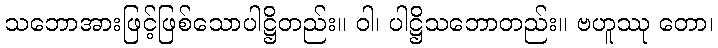
သဘောအားဖြင့်ဖြစ်သောပါဋ္ဌိတည်း။ ဝါ၊ ပါဋ္ဌိသဘောတည်း။ ဗဟူဿု တော၊